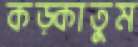
কড়্‌কাতুম